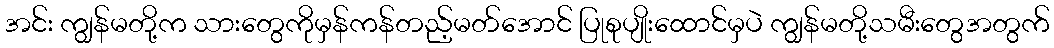
အင်း ကျွန်မတို့က သားတွေကိုမှန်ကန်တည့်မတ်အောင် ပြုစုပျိုးထောင်မှပဲ ကျွန်မတို့သမီးတွေအတွက်